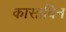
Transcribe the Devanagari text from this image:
कासाविन